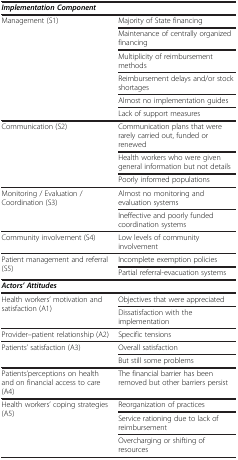
| <COLSPAN=2> Implementation Component |
 | --- | --- |
 | <ROWSPAN=6> Management (S1) | Majority of State financing |
 | Maintenance of centrally organized financing |
 | Multiplicity of reimbursement methods |
 | Reimbursement delays and/or stock shortages |
 | Almost no implementation guides |
 | Lack of support measures |
 | <ROWSPAN=3> Communication (S2) | Communication plans that were rarely carried out, funded or renewed |
 | Health workers who were given general information but not details |
 | Poorly informed populations |
 | <ROWSPAN=2> Monitoring / Evaluation / Coordination (S3) | Almost no monitoring and evaluation systems |
 | Ineffective and poorly funded coordination systems |
 | Community involvement (S4) | Low levels of community involvement |
 | <ROWSPAN=2> Patient management and referral (S5) | Incomplete exemption policies |
 | Partial referral-evacuation systems |
 | <COLSPAN=2> Actors’ Attitudes |
 | <ROWSPAN=2> Health workers’ motivation and satisfaction (A1) | Objectives that were appreciated |
 | Dissatisfaction with the implementation |
 | Provider–patient relationship (A2) | Specific tensions |
 | <ROWSPAN=2> Patients’ satisfaction (A3) | Overall satisfaction |
 | But still some problems |
 | Patients’perceptions on health and on financial access to care (A4) | The financial barrier has been removed but other barriers persist |
 | <ROWSPAN=3> Health workers’ coping strategies (A5) | Reorganization of practices |
 | Service rationing due to lack of reimbursement |
 | Overcharging or shifting of resources |